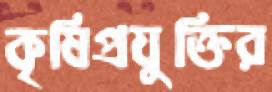
কৃষিপ্রযুক্তির